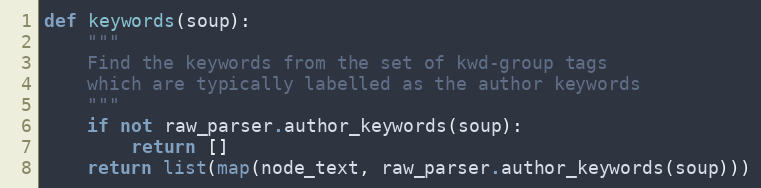
Language: Python
def keywords(soup):
    """
    Find the keywords from the set of kwd-group tags
    which are typically labelled as the author keywords
    """
    if not raw_parser.author_keywords(soup):
        return []
    return list(map(node_text, raw_parser.author_keywords(soup)))